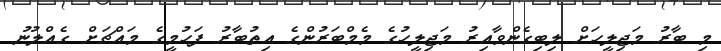
މި ބާރު މަޖިލީހަށް ލިބިގެންވާއިރު މަޖިލީހުގެ މެމްބަރުންގެ އިތުބާރު ފަހުމީގެ މައްޗަށް ގެއްލުނު